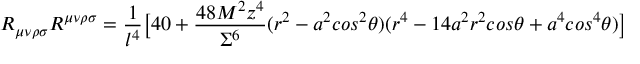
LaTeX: R _ { \mu \nu \rho \sigma } R ^ { \mu \nu \rho \sigma } = \frac { 1 } { l ^ { 4 } } \big [ 4 0 + \frac { 4 8 M ^ { 2 } z ^ { 4 } } { \Sigma ^ { 6 } } ( r ^ { 2 } - a ^ { 2 } c o s ^ { 2 } { \theta } ) ( r ^ { 4 } - 1 4 a ^ { 2 } r ^ { 2 } c o s { \theta } + a ^ { 4 } c o s ^ { 4 } { \theta } ) \big ]